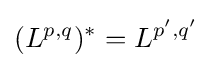
(L^{p,q})^{*}=L^{p',q'}